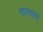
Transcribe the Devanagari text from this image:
मालयाती